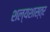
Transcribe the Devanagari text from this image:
शल्यशास्त्र